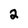
Character: 2